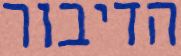
הדיבור